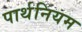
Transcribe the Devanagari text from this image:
पार्थनियम